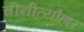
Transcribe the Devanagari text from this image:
चीनीत्यौहार